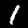
Digit: 1